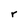
Character: r